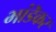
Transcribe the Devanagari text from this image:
भांडॆकर